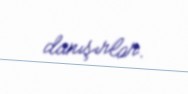
danışırlar.